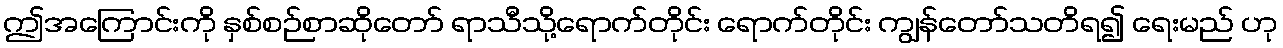
ဤအကြောင်းကို နှစ်စဉ်စာဆိုတော် ရာသီသို့ရောက်တိုင်း ရောက်တိုင်း ကျွန်တော်သတိရ၍ ရေးမည် ဟု